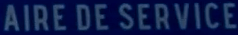
AIRE DE SERVICE